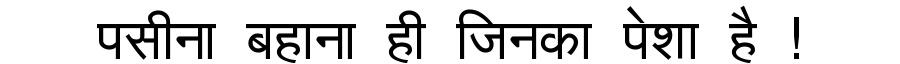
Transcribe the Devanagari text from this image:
पसीना बहाना ही जिनका पेशा है !